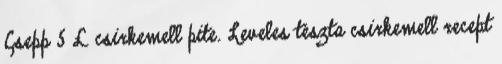
Csepp 5 £ csirkemell pite. Leveles tészta csirkemell recept